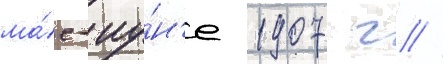
ма́е-иу́н'е 1907 г //